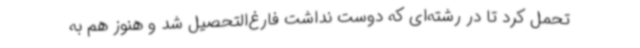
تحمل کرد تا در رشته‌ای که دوست نداشت فارغ‌التحصیل شد و هنوز هم به